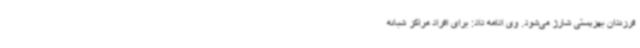
فرزندان بهزیستی شارژ می‌شود. وی ادامه داد: برای افراد مراکز شبانه